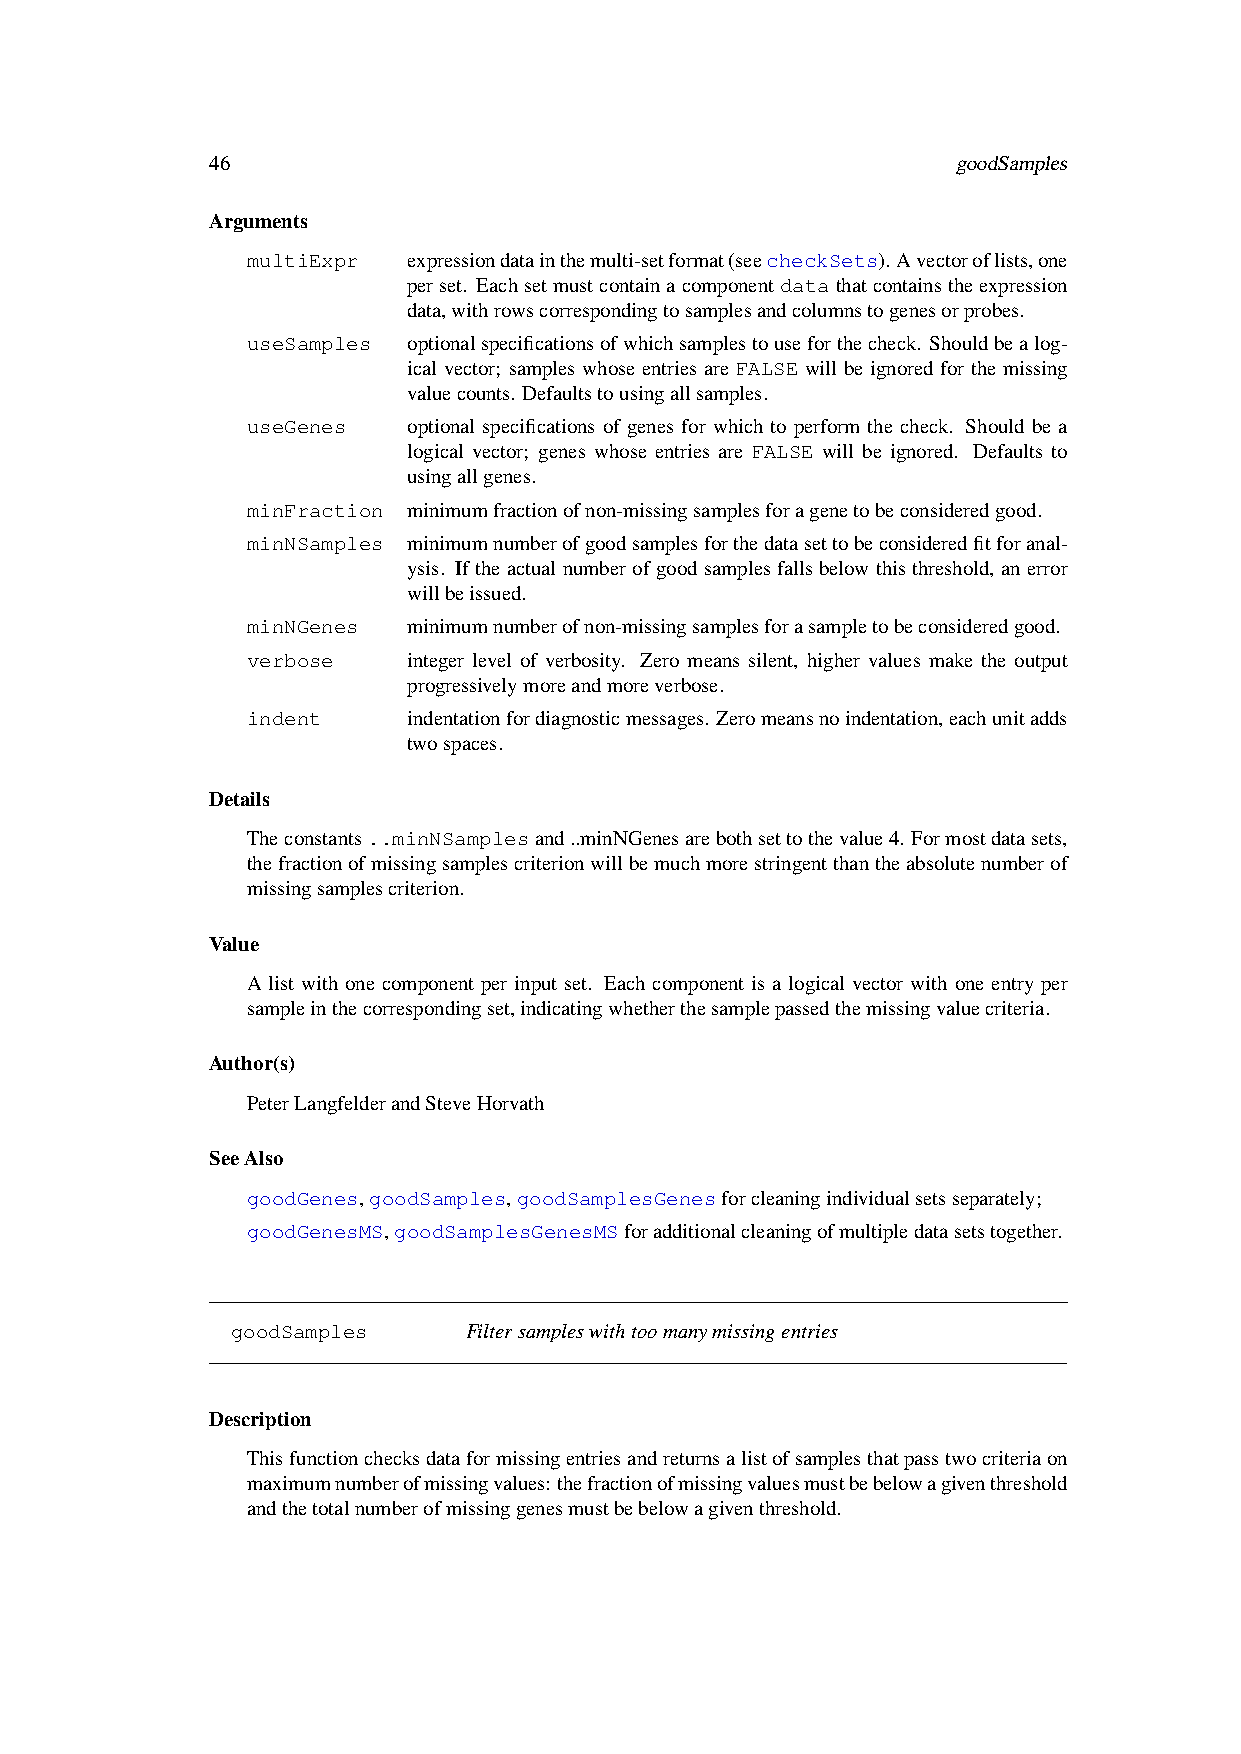
46                                               goodSamples
 Arguments
 multiExpr  expressiondatainthemulti-setformat(seecheckSets).Avectoroflists,one
 perset. Eachsetmustcontainacomponentdatathatcontainstheexpression
 data,withrowscorrespondingtosamplesandcolumnstogenesorprobes.
 useSamples optionalspecificationsofwhichsamplestouseforthecheck. Shouldbealog-
 ical vector; samples whose entries are FALSE will be ignored for the missing
 valuecounts. Defaultstousingallsamples.
 useGenes   optional specifications of genes for which to perform the check. Should be a
 logical vector; genes whose entries are FALSE will be ignored. Defaults to
 usingallgenes.
 minFraction minimumfractionofnon-missingsamplesforagenetobeconsideredgood.
 minNSamples minimumnumberofgoodsamplesforthedatasettobeconsideredfitforanal-
 ysis. If the actual number of good samples falls below this threshold, an error
 willbeissued.
 minNGenes  minimumnumberofnon-missingsamplesforasampletobeconsideredgood.
 verbose    integer level of verbosity. Zero means silent, higher values make the output
 progressivelymoreandmoreverbose.
 indent     indentationfordiagnosticmessages. Zeromeansnoindentation,eachunitadds
 twospaces.
 Details
 Theconstants..minNSamplesand..minNGenesarebothsettothevalue4. Formostdatasets,
 thefractionofmissingsamplescriterionwillbemuchmorestringentthantheabsolutenumberof
 missingsamplescriterion.
 Value
 A list with one component per input set. Each component is a logical vector with one entry per
 sampleinthecorrespondingset,indicatingwhetherthesamplepassedthemissingvaluecriteria.
 Author(s)
 PeterLangfelderandSteveHorvath
 SeeAlso
 goodGenes,goodSamples,goodSamplesGenesforcleaningindividualsetsseparately;
 goodGenesMS,goodSamplesGenesMSforadditionalcleaningofmultipledatasetstogether.
 goodSamples     Filtersampleswithtoomanymissingentries
 Description
 Thisfunctionchecksdataformissingentriesandreturnsalistofsamplesthatpasstwocriteriaon
 maximumnumberofmissingvalues:thefractionofmissingvaluesmustbebelowagiventhreshold
 andthetotalnumberofmissinggenesmustbebelowagiventhreshold.